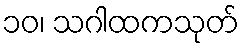
၁၀၊ သဂါထကသုတ်